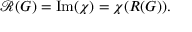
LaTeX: { \mathcal { R } } ( G ) = { \mathrm { I m } } ( \chi ) = \chi ( R ( G ) ) .